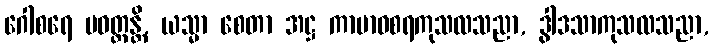
ဂေါစရေ ပဝတ္တန္တိ, ယသ္မာ စေတာ အဋ္ဌ ကာမာဝစရကုသလသညာ, ဒွါဒသာကုသလသညာ,